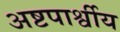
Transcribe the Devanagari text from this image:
अष्टपार्श्वीय